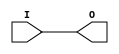
module IBUFG_SSTL3_II (O, I);

    output O;

    input  I;

	buf B1 (O, I);


endmodule